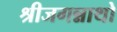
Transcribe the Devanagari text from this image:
श्रीजगन्नाथो